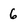
Character: 6